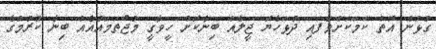
ގުޅުން އޮތް ކަމަކަށްވެފައި ދުޅަހެޔޮ ޖީލެއް ބިނާކޮށް ހީވާގީ މުޖުތަމައުއެއް ބިނާ ކުރުމުގެ